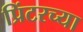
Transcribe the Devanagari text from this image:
प्रिंटरच्या